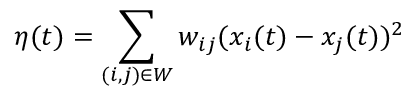
\eta ( t ) = \sum _ { ( i , j ) \in W } w _ { i j } ( x _ { i } ( t ) - x _ { j } ( t ) ) ^ { 2 }